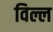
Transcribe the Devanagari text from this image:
विल्ल